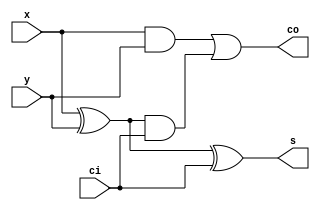
module add_1bit( output wire co,
 output wire s,
 input wire ci,
 input wire x,
 input wire y );

 wire w0, w1, w2;
 xor t0( w0, x, y );
 and t1( w1, x, y );

 xor t2( s, w0, ci );
 and t3( w2, w0, ci );

 or t4( co, w1, w2 );

 endmodule